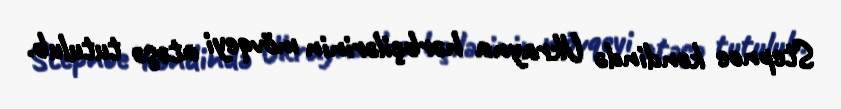
Stepnoe kəndində Ukrayna hərbçilərinin mövqeyi atəşə tutulub.